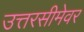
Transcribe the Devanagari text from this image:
उत्तरसीमेवर